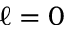
\ell = 0